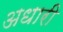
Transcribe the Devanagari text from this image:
अधारी